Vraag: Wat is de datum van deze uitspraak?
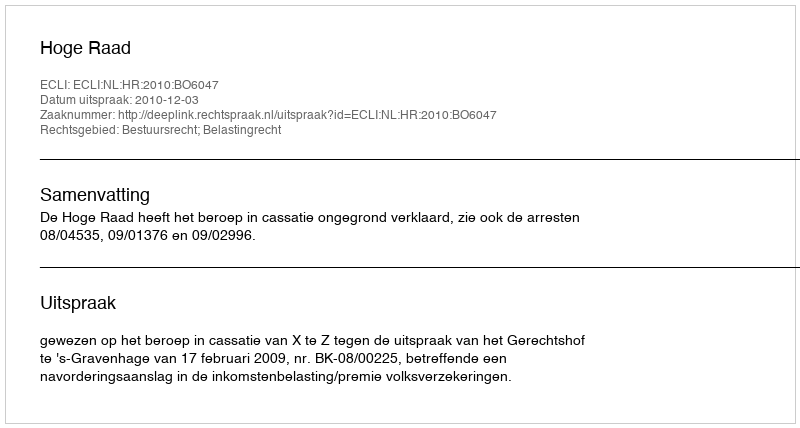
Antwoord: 2010-12-03